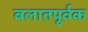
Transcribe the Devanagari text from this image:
बलातपूर्वक